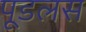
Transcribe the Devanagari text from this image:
पूडलस